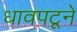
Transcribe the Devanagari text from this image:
धावपटूने